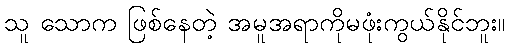
သူ သောက ဖြစ်နေတဲ့ အမူအရာကိုမဖုံးကွယ်နိုင်ဘူး။